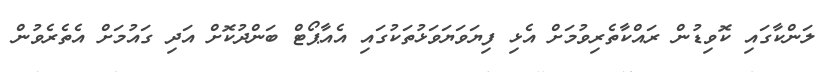
ލަންކާގައި ކޮވިޑުން ރައްކާތެރިވުމަށް އެޅި ފިޔަވަޔަވަޅުތަކުގައި އެއާޕޯޓް ބަންދުކޮށް އަދި ގައުމަށް އެތެރެވުން